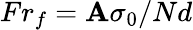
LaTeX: Fr_{f}=\mathbf{A}\sigma_{0}/Nd